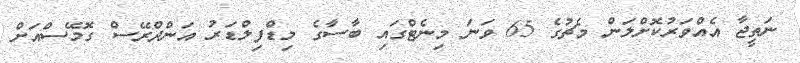
ނަތީޖާ އެއްވަރުކޮށްލަން މެޗުގެ 65 ވަނަ މިނެޓްގައި ބާސާގެ މިޑްފިލްޑަރު އަންދްރޭސް ގޮމޭސްއަށް